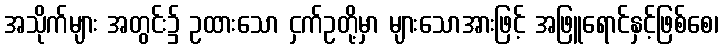
အသိုက်များ အတွင်း၌ ဥထားသော ငှက်ဥတို့မှာ များသောအားဖြင့် အဖြူရောင်နှင့်ဖြစ်စေ၊